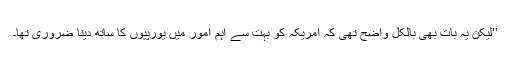
’’لیکن یہ بات بھی بالکل واضح تھی کہ امریکہ کو بہت سے اہم امور میں یورپیوں کا ساتھ دینا ضروری تھا۔